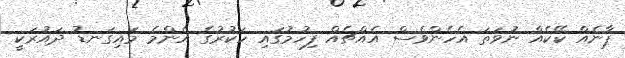
ޕާނެއް ކޭކެއް ނުވަތަ އެހެންވެސް އެއްޗެއް ފިހުމުގައި ހަކުރުގެ އެންމެ މައިގަނޑު ދައުރަކީ